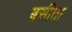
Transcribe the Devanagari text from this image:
बसीता